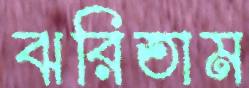
ঝরিতাম